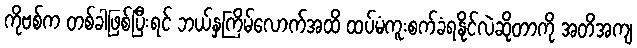
ကိုဗစ်က တစ်ခါဖြစ်ပြီးရင် ဘယ်နှကြိမ်လောက်အထိ ထပ်မံကူးစက်ခံရနိုင်လဲဆိုတာကို အတိအကျ